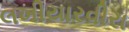
લખીયારવીરા